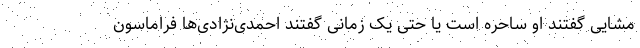
مشایی گفتند او ساحره است یا حتی یک زمانی گفتند احمدی‌نژادی‌ها فراماسون